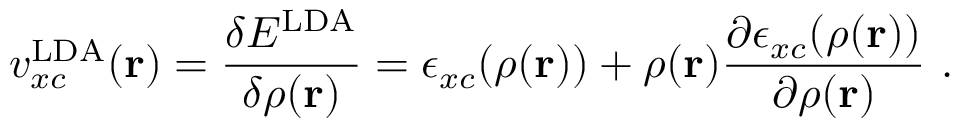
v _ { x c } ^ { \mathrm { L D A } } ( \mathbf { r } ) = { \frac { \delta E ^ { \mathrm { L D A } } } { \delta \rho ( \mathbf { r } ) } } = \epsilon _ { x c } ( \rho ( \mathbf { r } ) ) + \rho ( \mathbf { r } ) { \frac { \partial \epsilon _ { x c } ( \rho ( \mathbf { r } ) ) } { \partial \rho ( \mathbf { r } ) } } \ .